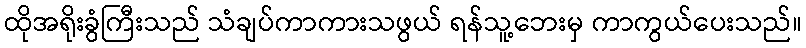
ထိုအရိုးခွံကြီးသည် သံချပ်ကာကားသဖွယ် ရန်သူ့ဘေးမှ ကာကွယ်ပေးသည်။